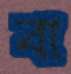
বা